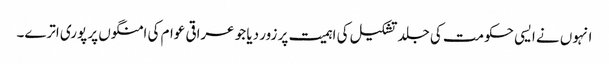
انہوں نے ایسی حکومت کی جلد تشکیل کی اہمیت پر زور دیا جو عراقی عوام کی امنگوں پر پوری اترے۔